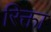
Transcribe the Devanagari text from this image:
रिक्ता